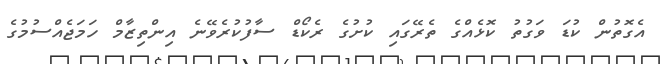
އެގޮތުން ކުޑަ ވަގުތު ކޮޅެއްގެ ތެރޭގައި ކުށުގެ ރެކޯޑް ސާފުކުރެވޭނެ އިންތިޒާމް ހަމަޖެއްސުމުގެ